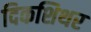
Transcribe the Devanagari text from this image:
दिकशिथर